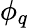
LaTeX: \phi_{q}